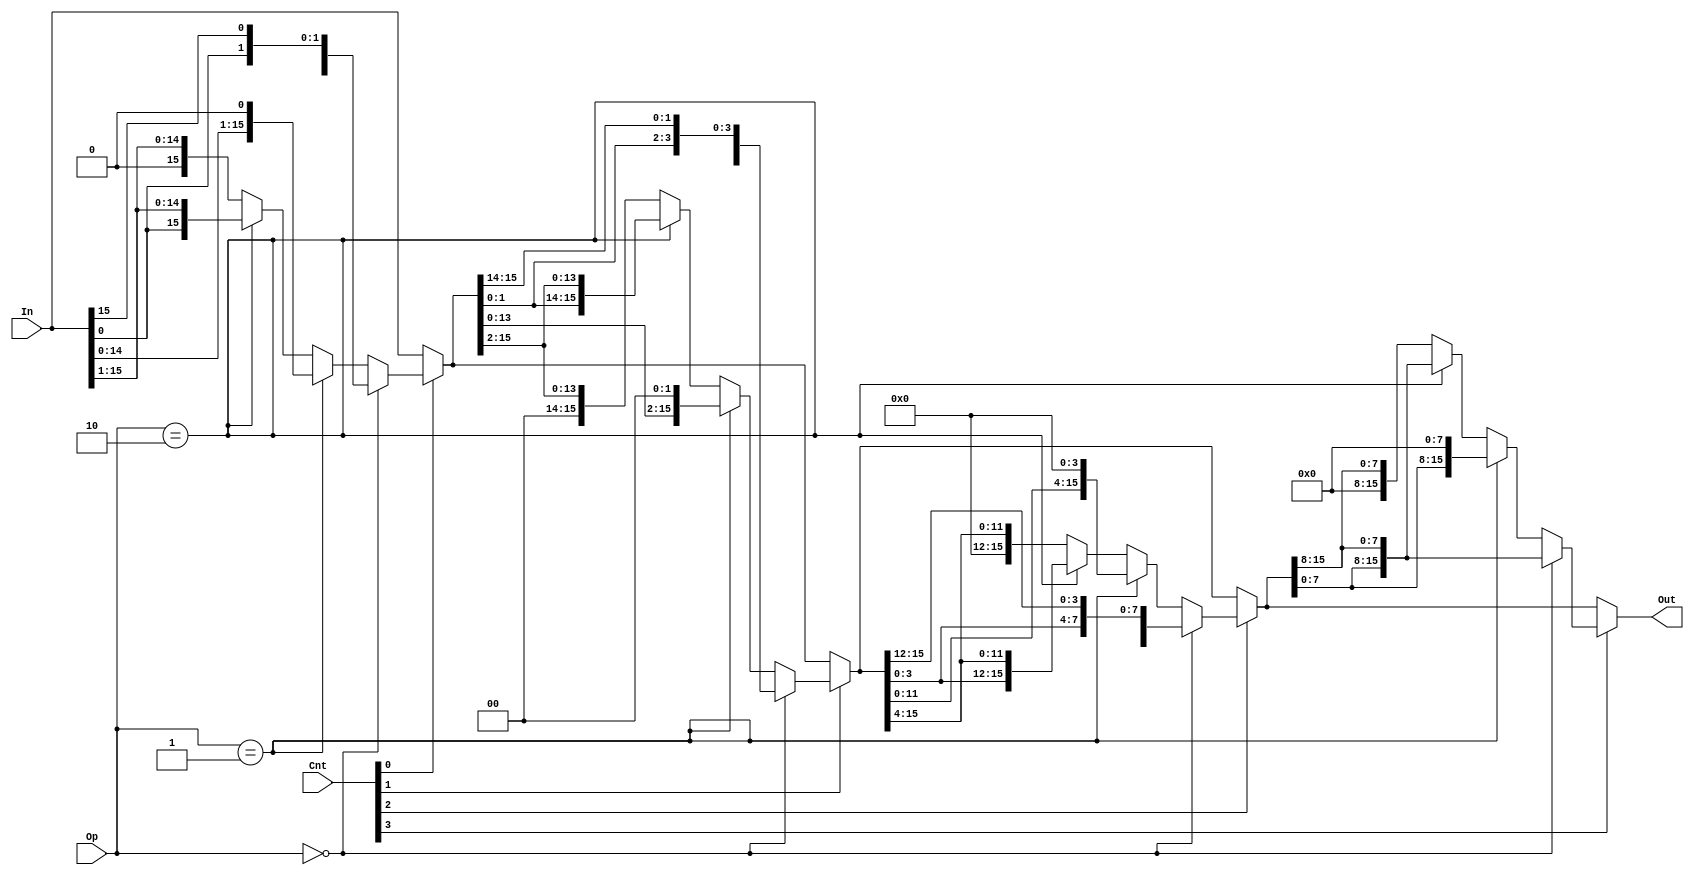
//barrel shfiter for alu in demo1;
//small modification has been made 
//on op == 2'b10
module shifter (In, Cnt, Op, Out);
   
   input [15:0] In;
   input [3:0]  Cnt;
   input [1:0]  Op; // 00 rotate left, 01 shift left;
   // 10 rotate right, 11 shift right
   output [15:0] Out;

   wire [15:0] s1,s2,s4, s1_tmp, s2_tmp, s4_tmp, out_tmp;

   assign s1 =  Cnt[0] ? s1_tmp : In;
   assign s1_tmp =      Op == 2'b00 ? {In[14:0],In[15]} :
                        Op == 2'b01 ? {In[14:0],1'b0} :
                        Op == 2'b10 ? {In[0], In[15:1]} :
                                 {1'b0, In[15:1]};
   assign s2 = Cnt[1] ? s2_tmp : s1;
   assign s2_tmp =      Op == 2'b00 ? {s1[13:0],s1[15:14]} :
                        Op == 2'b01 ? {s1[13:0],2'b00} :
                        Op == 2'b10 ? {s1[1:0], s1[15:2]} :
                                 {2'b00,s1[15:2]};

   assign s4 = Cnt[2] ? s4_tmp : s2;
   assign s4_tmp =      Op == 2'b00 ? {s2[11:0], s2[15:12]} :
                        Op == 2'b01 ? {s2[11:0], 4'h0} :
                        Op == 2'b10 ? {s2[3:0],s2[15:4]} :
                                 {4'h0,s2[15:4]};
   assign Out = Cnt[3] ? out_tmp : s4;
   assign out_tmp =     Op == 2'b00 ? {s4[7:0], s4[15:8]} :
                        Op == 2'b01 ? {s4[7:0], 8'h00} :
                        Op == 2'b10 ? {s4[7:0], s4[15:8]} :
                                 {8'h00, s4[15:8]};

   
endmodule